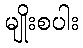
မျိုးစပါး